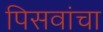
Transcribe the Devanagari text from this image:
पिसवांचा